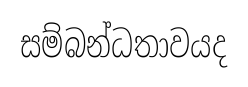
සම්බන්ධතාවයද